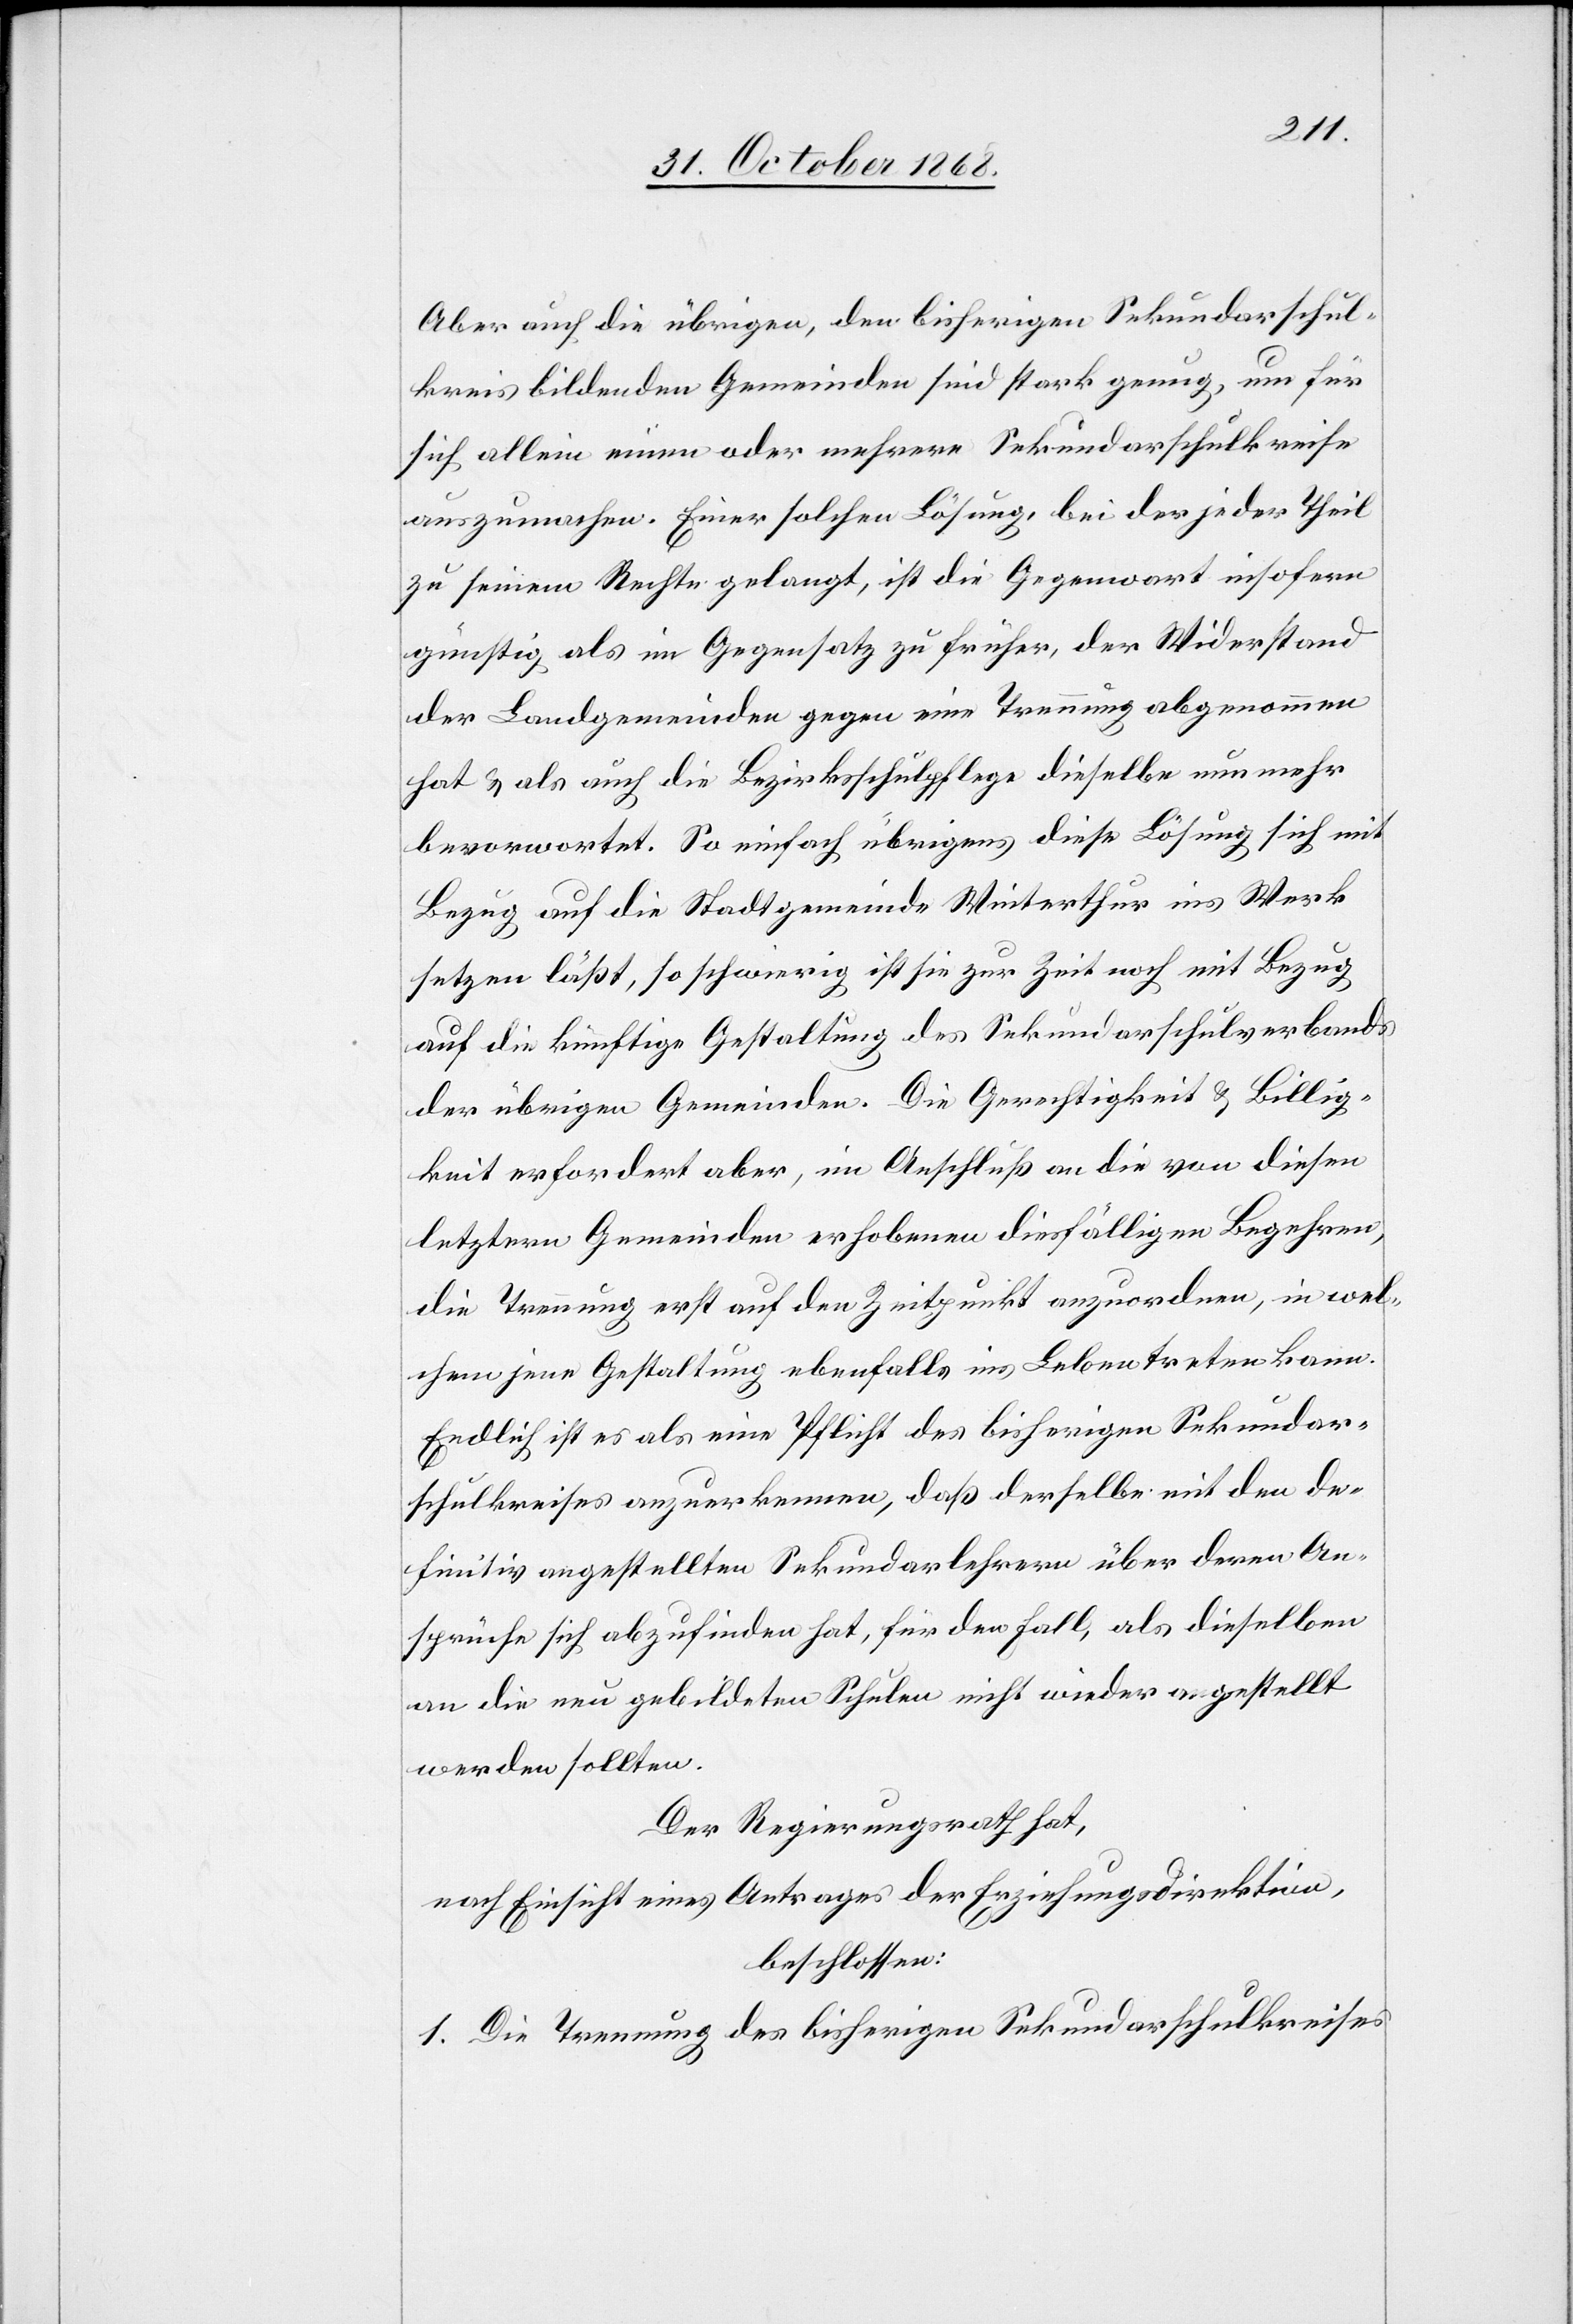
Aber auch die übrigen, den bisherigen Sekundarschul¬
kreis bildenden Gemeinden sind stark genug, um für
sich allein einen oder mehrere Sekundarschulkreise
auszumachen. Einer solchen Lösung, bei der jeder Theil
zu seinem Rechte gelangt, ist die Gegenwart insofern
günstig als im Gegensatz zu früher, der Widerstand
der Landgemeinden gegen eine Trennung abgenommen
hat & als auch die Bezirksschulpflege dieselbe nun mehr
bevorwortet [sic!]. So einfach übrigens diese Lösung sich mit
Bezug auf die Stadtgemeinde Winterthur ins Werk
setzen läßt, so schwierig ist sie zur Zeit noch mit Bezug
auf die künftige Gestaltung des Sekundarschulverbands
der übrigen Gemeinden. Die Gerechtigkeit & Billig¬
keit erfordert aber, im Anschluß an die von diesen
letztern Gemeinden erhobenen diesfälligen Begehren,
die Trennung erst auf den Zeitpunkt anzuordnen, in wel¬
chem jene Gestaltung ebenfalls ins Leben treten kann.
Endlich ist es als eine Pflicht des bisherigen Sekundar¬
schulkreises anzuerkennen, daß derselbe mit den de¬
finitiv angestellten Sekundarlehrern über deren An¬
sprüche sich abzufinden hat, für den Fall, als dieselben
an die neu gebildeten Schulen nicht wieder angestellt
werden sollten.
Der Regierungsrath hat,
nach Einsicht eines Antrages der Erziehungsdirektion,
beschlossen:
1. Die Trennung des bisherigen Sekundarschulkreises